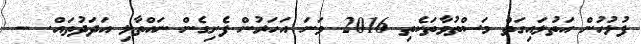
ފުލުހުން އަތުލައިގަތް މަސްތުވާތަކެތި 2016 ވަނަ އަހަރުން ފެށިގެން ނައްތާލި އަދަދުތައް. --